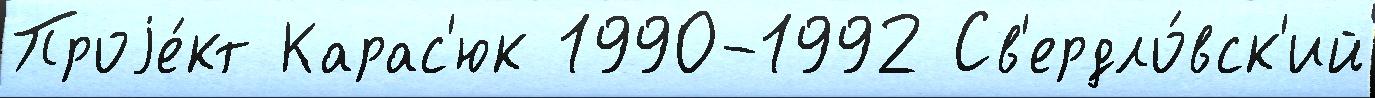
Проjе́кт Карас'юк 1990-1992 Св'ердло́вск'ий